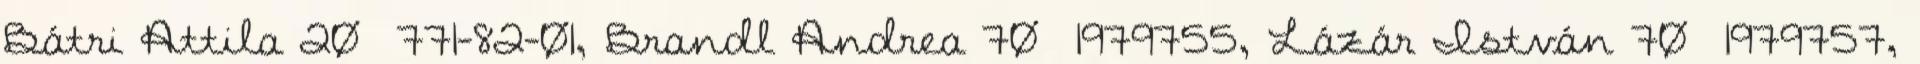
Bátri Attila 20 771-82-01, Brandl Andrea 70 1979755, Lázár István 70 1979757,